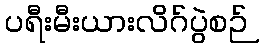
ပရီးမီးယားလိဂ်ပွဲစဉ်